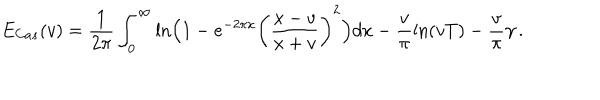
E _ { C a s } ( v ) = \frac { 1 } { 2 \pi } \int _ { 0 } ^ { \infty } \mathrm { l n } \Bigl ( 1 - e ^ { - 2 \pi x } \left( \frac { x - v } { x + v } \right) ^ { 2 } \Bigr ) d x - \frac { v } { \pi } \mathrm { l n } ( v T ) - \frac { v } { \pi } \gamma \, .